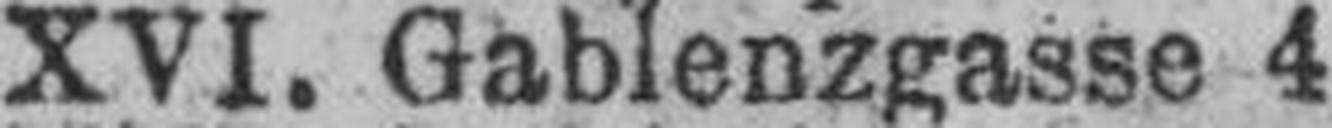
XVI. Gablenzgasse 4